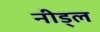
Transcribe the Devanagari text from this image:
नीड्ल